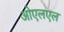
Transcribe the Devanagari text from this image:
ओएलएल